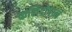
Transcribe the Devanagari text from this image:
कलिदोषघ्नं